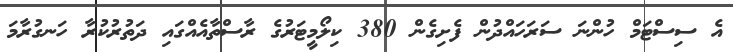
އެ ސިސްޓަމް ހުންނަ ސަރަހައްދުން ފެށިގެން 380 ކިލޯމީޓަރުގެ ރާސްތާއެއްގައި ދަތުރުކުރާ ހަނގުރާމަ